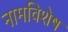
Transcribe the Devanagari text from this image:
नामविशेष